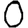
Digit: 0